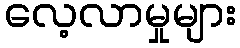
လေ့လာမှုများ